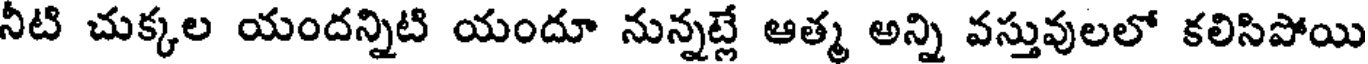
నీటి చుక్కల యందన్నిటి యందూ నున్నట్లే ఆత్మ అన్ని వస్తువులలో కలిసిపోయి